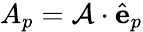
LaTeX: A_{p}=\mathcal{A}\cdot\hat{\mathbf{e}}_{p}